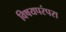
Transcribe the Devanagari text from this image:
विषयपरंपरा